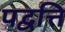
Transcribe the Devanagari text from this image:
पद्वत्ति